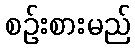
စဉ်းစားမည်